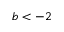
b < - 2